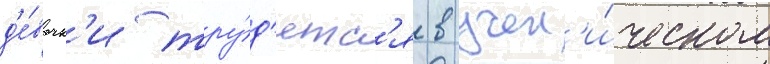
д'е́вочк'и тру́д'ятс'я в учен'и́ческом